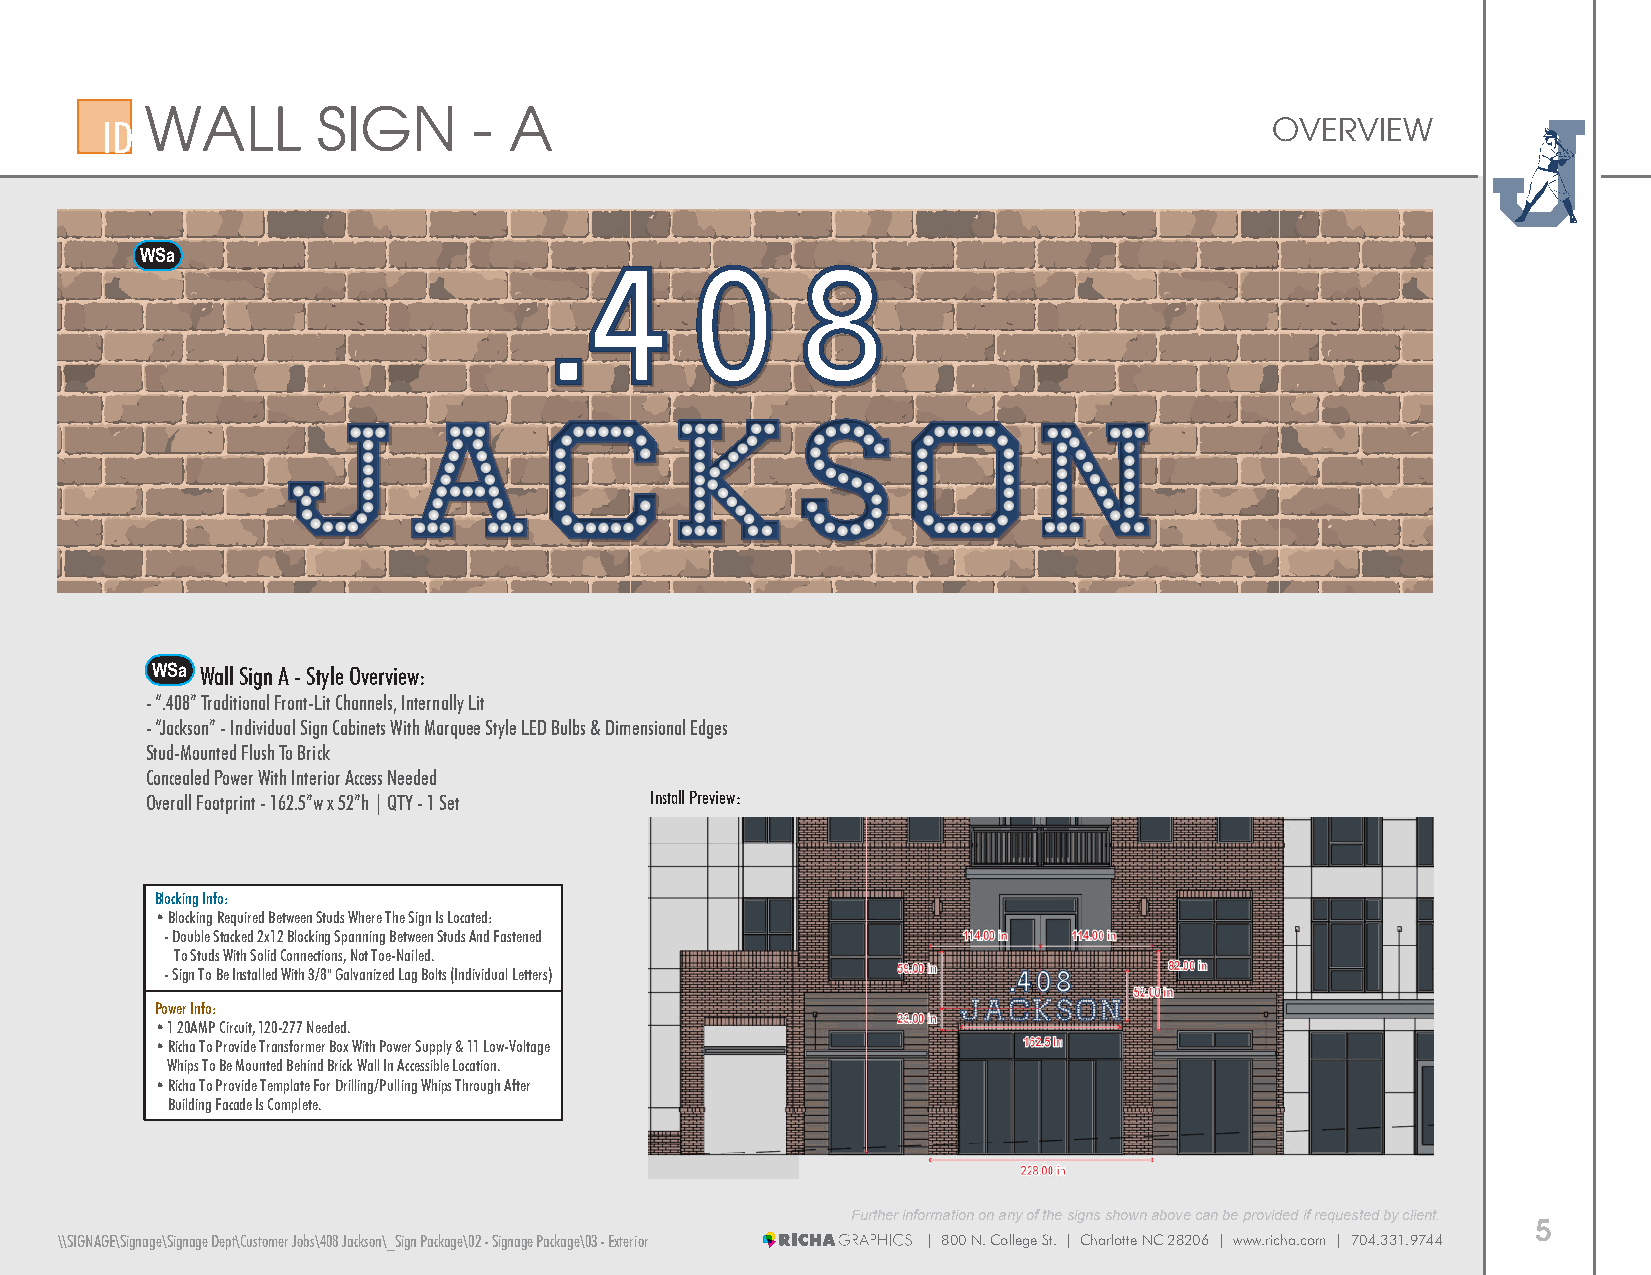
WALL       SIGN      -  A
 ID                                                                           OVERVIEW
 WSa
 WS a Wall Sign A - Style Overview:
 - “.408” Traditional Front-Lit Channels, Internally Lit
 - “Jackson” - Individual Sign Cabinets With Marquee Style LED Bulbs & Dimensional Edges
 Stud-Mounted Flush To Brick
 Concealed Power With Interior Access Needed
 Overall Footprint - 162.5”w x 52”h | QTY - 1 Set Install Preview:
 Blocking Info:
 • Blocking Required Between Studs Where The Sign Is Located:
 - Double Stacked 2x12 Blocking Spanning Between Studs And Fastened
 To Studs With Solid Connections, Not Toe-Nailed.
 - Sign To Be Installed With 3/8" Galvanized Lag Bolts (Individual Letters)
 Power Info:
 • 1 20AMP Circuit, 120-277 Needed.
 • Richa To Provide Transformer Box With Power Supply & 11 Low-Voltage
 Whips To Be Mounted Behind Brick Wall In Accessible Location.
 • Richa To Provide Template For Drilling/Pulling Whips Through After
 Building Facade Is Complete.
 Further information on any of the signs shown above can be provided if requested by client.
 5
 \\SIGNAGE\Signage\Signage Dept\Customer Jobs\408 Jackson\_Sign Package\02 - Signage Package\03 - Exterior | 800 N. College St. | Charlotte NC 28206 | www.richa.com | 704.331.9744